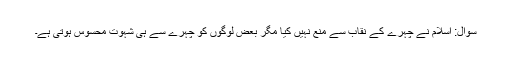
سوال: اسلام نے چہرے کے نقاب سے منع نہیں کیا مگر بعض لوگوں کو چہرے سے ہی شہوت محسوس ہوتی ہے۔